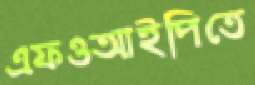
এফওআইপিতে